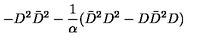
- D ^ { 2 } \bar { D } ^ { 2 } - { \frac { 1 } { \alpha } } ( \bar { D } ^ { 2 } D ^ { 2 } - D \bar { D } ^ { 2 } D )